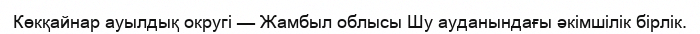
Көкқайнар ауылдық округі — Жамбыл облысы Шу ауданындағы әкімшілік бірлік.